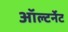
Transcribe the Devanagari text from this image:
ऑल्टर्नेट